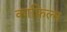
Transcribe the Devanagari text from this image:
काफ़िल्म